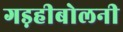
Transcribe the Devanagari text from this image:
गड़हीबोलनी